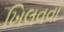
ખિલવવા